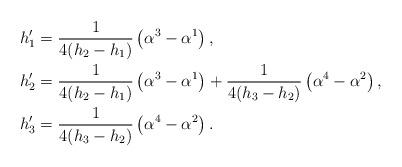
LaTeX: \begin{align*}h'_1&=\frac{1}{4(h_2-h_1)}\left(\alpha^3-\alpha^1\right), \\ h'_2&=\frac{1}{4(h_2-h_1)}\left(\alpha^3-\alpha^1\right)+\frac{1}{4(h_3-h_2)}\left(\alpha^4-\alpha^2\right),\\h'_3&=\frac{1}{4(h_3-h_2)}\left(\alpha^4-\alpha^2\right).\end{align*}